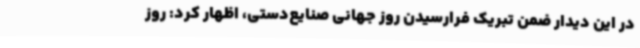
در این دیدار ضمن تبریک فرارسیدن روز جهانی صنایع‌دستی، اظهار کرد: روز